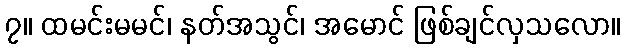
၇။ ထမင်းမမင်၊ နတ်အသွင်၊ အမောင် ဖြစ်ချင်လှသလော။